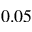
0 . 0 5